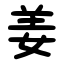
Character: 姜